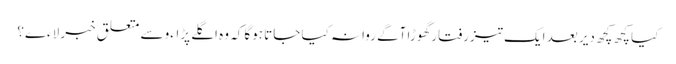
کیا کچھ کچھ دیر بعد ایک تیزرفتار گھوڑا آگے روانہ کیا جاتا ہوگا کہ وہ اگلے پڑاءو سے متعلق خبر لاءے؟